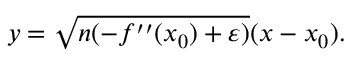
y = { \sqrt { n ( - f ^ { \prime \prime } ( x _ { 0 } ) + \varepsilon ) } } ( x - x _ { 0 } ) .